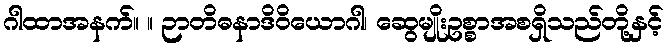
ဂါထာအနက်။ ။ ဉာတိဓနာဒိဝိယောဂါ၊ ဆွေမျိုးဥစ္စာအစရှိသည်တို့နှင့်